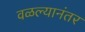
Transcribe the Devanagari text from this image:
वळल्यानंतर